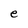
Character: e